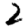
Digit: 2